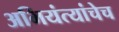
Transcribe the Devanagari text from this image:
अभियंत्यांचेच